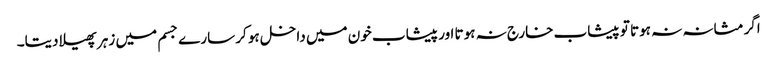
اگر مثانہ نہ ہوتا تو پیشاب خارج نہ ہوتا اور پیشاب خون میں داخل ہو کر سارے جسم میں زہر پھیلا دیتا۔